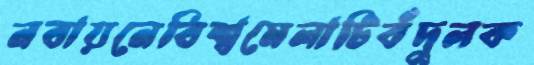
নবায়নেবিশ্বমেলাটিবঁদুলক